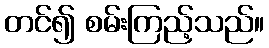
တင်၍ စမ်းကြည့်သည်။